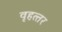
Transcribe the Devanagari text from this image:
वृहत्‍तर